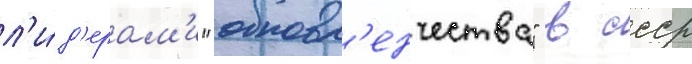
л'и́д'ерам'и "обновл'енчества" в ссср